Source: Handwritten
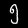
Digit: ၅ (5)